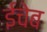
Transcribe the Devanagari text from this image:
ईचेब